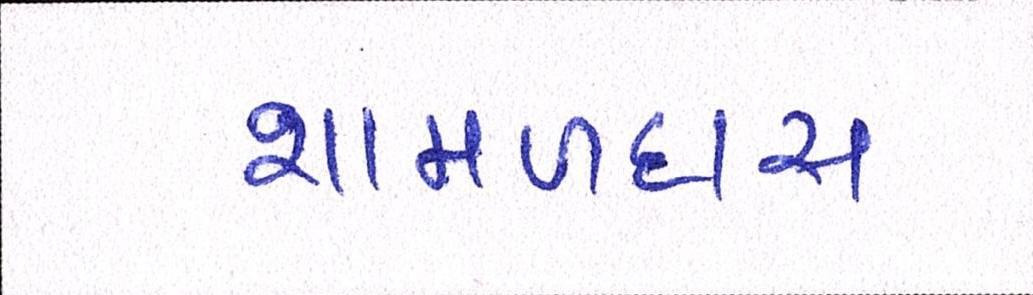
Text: શામળદાસ